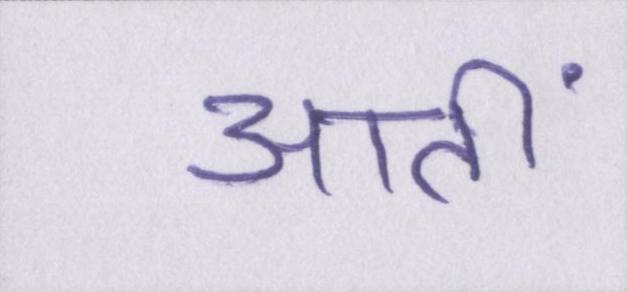
आतीं